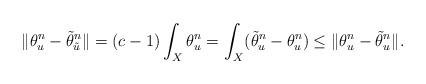
\begin{align*}\|\theta_u^n-\tilde{\theta}_{\tilde{u}}^n\|=(c-1)\int_X\theta_u^n=\int_X(\tilde{\theta}_{u}^n-\theta_u^n)\leq \|\theta_u^n-\tilde{\theta}_{u}^n\|.\end{align*}